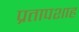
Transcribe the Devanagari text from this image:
प्रतापशाह